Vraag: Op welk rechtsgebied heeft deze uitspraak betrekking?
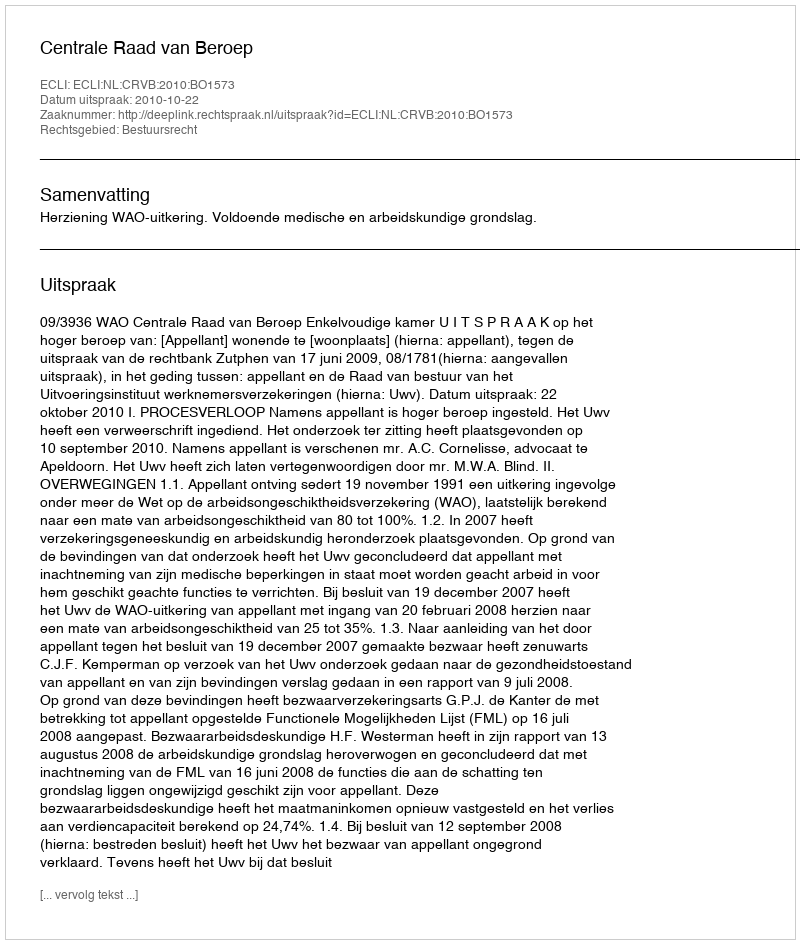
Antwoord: Bestuursrecht